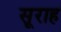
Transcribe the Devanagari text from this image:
सूराह